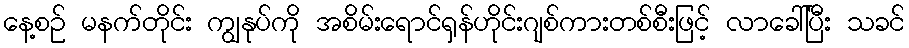
နေ့စဉ် မနက်တိုင်း ကျွနုပ်ကို အစိမ်းရောင်ရှန်ဟိုင်းဂျစ်ကားတစ်စီးဖြင့် လာခေါ်ပြီး သခင်